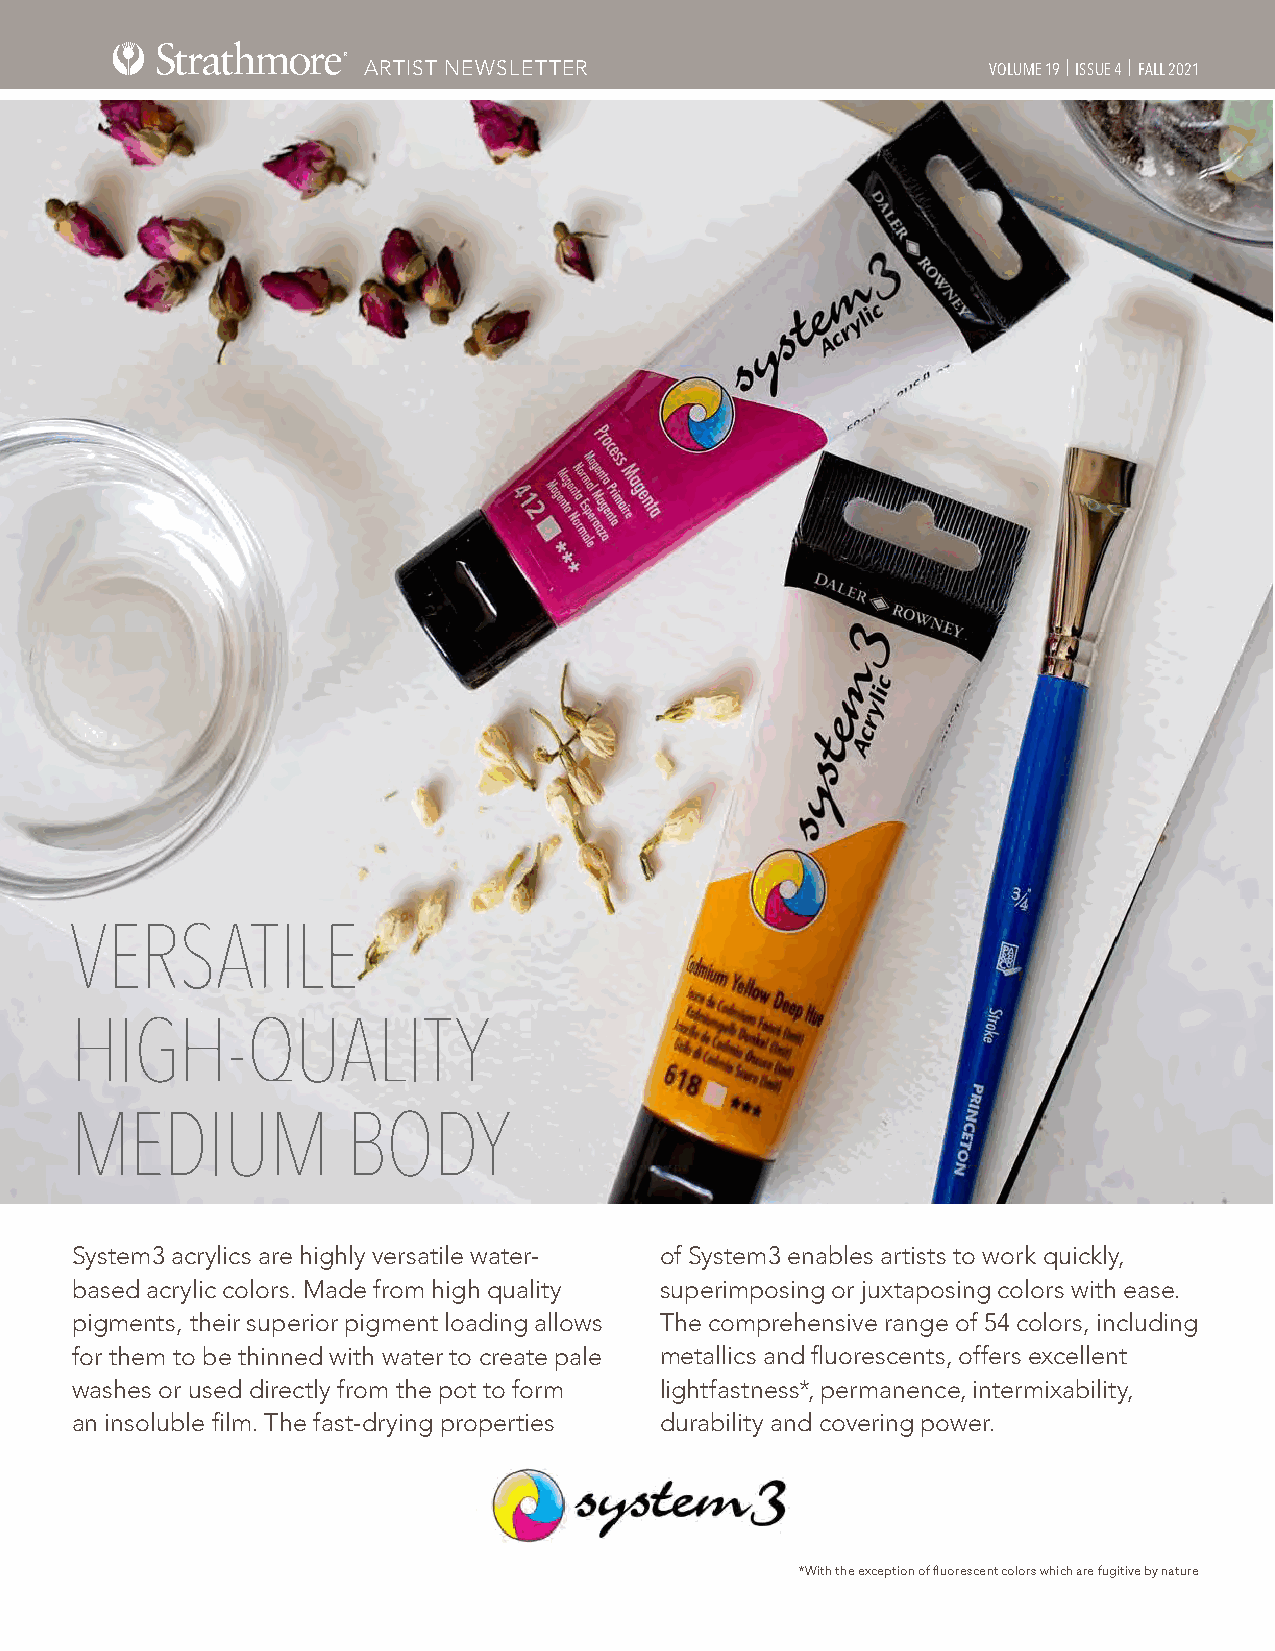
ARTIST NEWSLETTER                         VOLUME 19 | ISSUE 4 | FALL 2021
 VERSATILE
 HIGH-QUALITY
 MEDIUM            BODY
 System3 acrylics are highly versatile water- of System3 enables artists to work quickly,
 based acrylic colors. Made from high quality superimposing or juxtaposing colors with ease.
 pigments, their superior pigment loading allows The comprehensive range of 54 colors, including
 for them to be thinned with water to create pale metallics and fluorescents, offers excellent
 washes or used directly from the pot to form lightfastness*, permanence, intermixability,
 an insoluble film. The fast-drying properties durability and covering power.
 *With the exception of fluorescent colors which are fugitive by nature